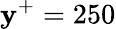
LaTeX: \mathbf{y}^{+}=250